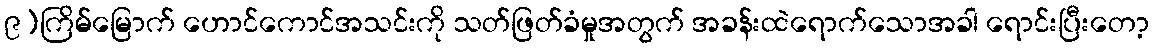
၉)ကြိမ်မြောက် ဟောင်ကောင်အသင်းကို သတ်ဖြတ်ခံမှုအတွက် အခန်းထဲရောက်သောအခါ ရောင်းပြီးတော့